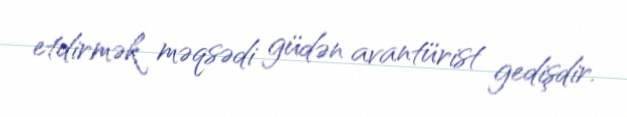
etdirmək məqsədi güdən avantürist gedişdir.